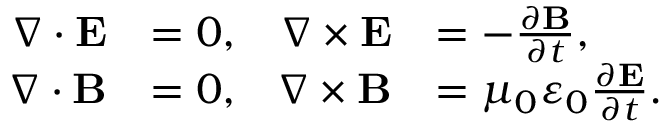
{ \begin{array} { r l r l } { \nabla \cdot \mathbf { E } } & { = 0 , } & { \nabla \times \mathbf { E } } & { = - { \frac { \partial \mathbf { B } } { \partial t } } , } \\ { \nabla \cdot \mathbf { B } } & { = 0 , } & { \nabla \times \mathbf { B } } & { = \mu _ { 0 } \varepsilon _ { 0 } { \frac { \partial \mathbf { E } } { \partial t } } . } \end{array} }